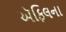
ઍફિલના